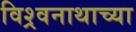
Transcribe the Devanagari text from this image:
विश्र्वनाथाच्या